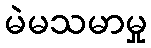
မဲမသမာမှု